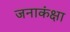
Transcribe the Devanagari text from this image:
जनाकंक्षा